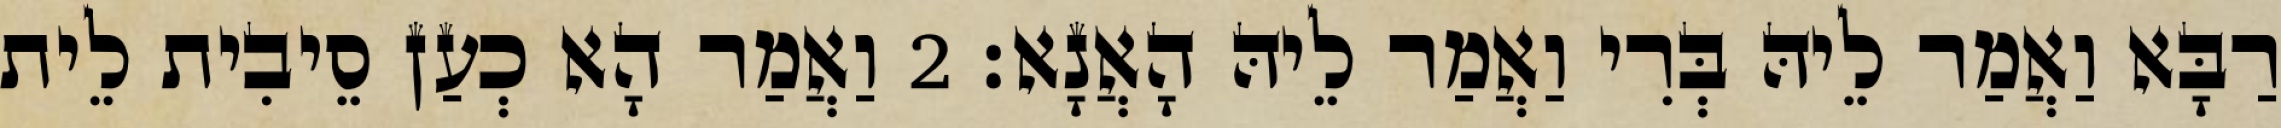
רַבָּא וַאֲמַר לֵיהּ בְּרִי וַאֲמַר לֵיהּ הָאֲנָא׃ 2 וַאֲמַר הָא כְעַן סֵיבִית לֵית